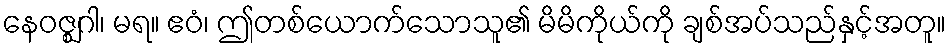
နေဝဇ္ဈဂါ၊ မရ။ ဧဝံ၊ ဤတစ်ယောက်သောသူ၏ မိမိကိုယ်ကို ချစ်အပ်သည်နှင့်အတူ။